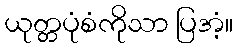
ယုတ္တပုံစံကိုသာ ပြအံ့။